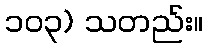
၁၀၃) သတည်း။